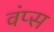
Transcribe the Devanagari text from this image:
वंप्स